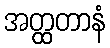
အတ္ထတာနံ